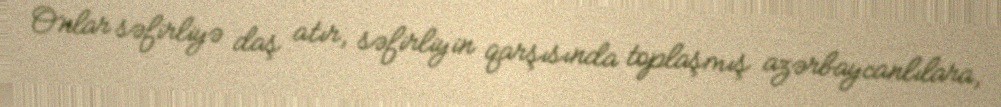
Onlar səfirliyə daş atır, səfirliyin qarşısında toplaşmış azərbaycanlılara,